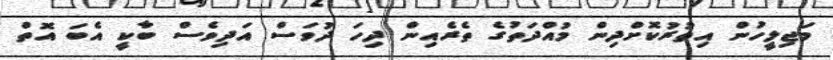
މަޖިލީހުން އިތުރުކޮށްދިން މުއްދަތުގެ ތެރެއިން ދިހަ ދުވަސް އަދިވެސް ބާކީ އެބަ އޮތް